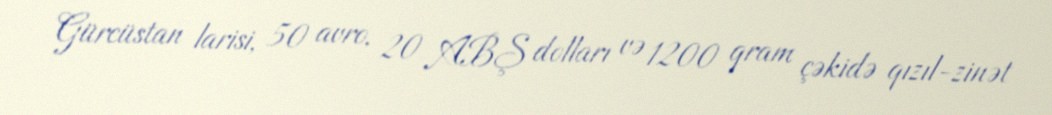
Gürcüstan larisi, 50 avro, 20 ABŞ dolları və 1200 qram çəkidə qızıl-zinət